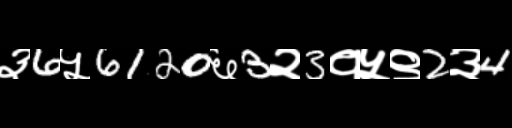
Text: ३6५6120६3२3१५९2३4